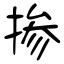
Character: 掺